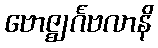
ဗောဇ္ဈင်္ဂဗလာနိ